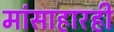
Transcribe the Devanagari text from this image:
मांसाहारही